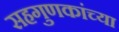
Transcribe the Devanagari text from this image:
सहगुणकांच्या